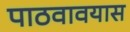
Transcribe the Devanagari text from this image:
पाठवावयास